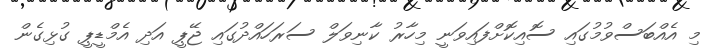
މި އެއްބަސްވުމުގައި ސޮއިކޮށްފައިވަނީ މިހާރު ކާނިވަލް ސަރަހައްދުގައި ޖޭޕީ އަދި އެމްޑީޕީ ގުޅިގެން